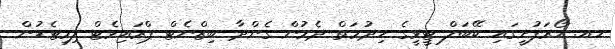
ހއ. ހޯރަފުށީގައި ކޭބަލް ޓީވީގެ ހިދުމަތް ދެމުން ގެންދާ ބިޒްނެޓް ޕްރައިވެޓް ލިމިޓެޑުން